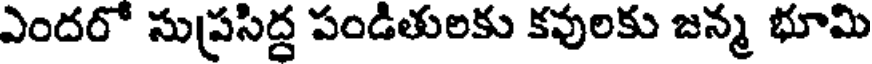
ఎందరో సుప్రసిద్ద పండితులకు కవులకు జన్మ భూమి